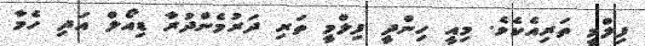
ފިލްމީ ތަރިއެކެވެ. މިއީ ހިންދީ ފިލްމީ ތަރި ދަރުމެންދުރާ ޑިއޯލް އަދި ހެމާ